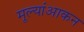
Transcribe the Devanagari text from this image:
मूल्यांआकन